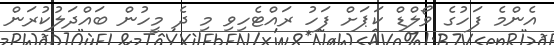
އެންމެ ފަހުގެ ވޯލްޑް ކަޕަށް ފަހު ރައްޓެހިވި މި ދެ މީހުން ބައްދަލުކުރަން